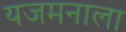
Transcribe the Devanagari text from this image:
यजमनाला